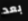
بعد